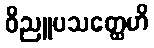
ဝိညူပသတ္ထေဟိ